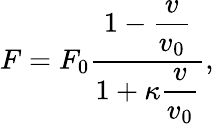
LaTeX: F=F_{0}\frac{1-\displaystyle\frac{v}{v_{0}}}{1+\displaystyle\kappa\displaystyle\frac{v}{v_{0}}},